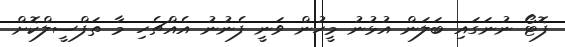
ފޮޓޯ ނުނަގައި ބަލަން އުޅުނު މީހުން ވަނީ ފެނުނު އެއްޗެހި މާ ތަފްސީލްކޮށް